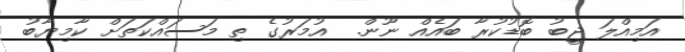
އަމިއްލަ ޖީބު ބޮޑުކުރާ ބައެއް ނޫން.  އުމަރުގެ ތި މަސައްކަތަށް ކާމިޔާބު